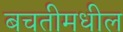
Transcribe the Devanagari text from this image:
बचतीमधील